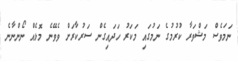
ނަމަވެސް މަޝްވަރާ ކުރުމުގެ ނަމުގައި މަކަރު ހަދައިގެން ސަރުކާރަށް ވެވޭނެ މޮޅެއް ނޯންނާނެ